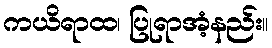
ကယိရာထ၊ ပြုရာအံ့နည်း။